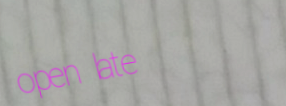
open late